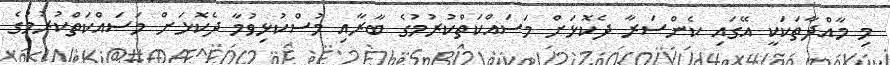
މި މާއްދާތަކަކީ އޭގައި ކެންސަރާ ދެކޮޅަށް މަސައްކަތްކުރުމުގެ ބާރާއި މުސްކުޅިވުމާ ދެކޮޅަށް މަސައްކަތްކުރުމުގެ